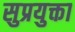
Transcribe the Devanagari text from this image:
सुप्रयुक्ता